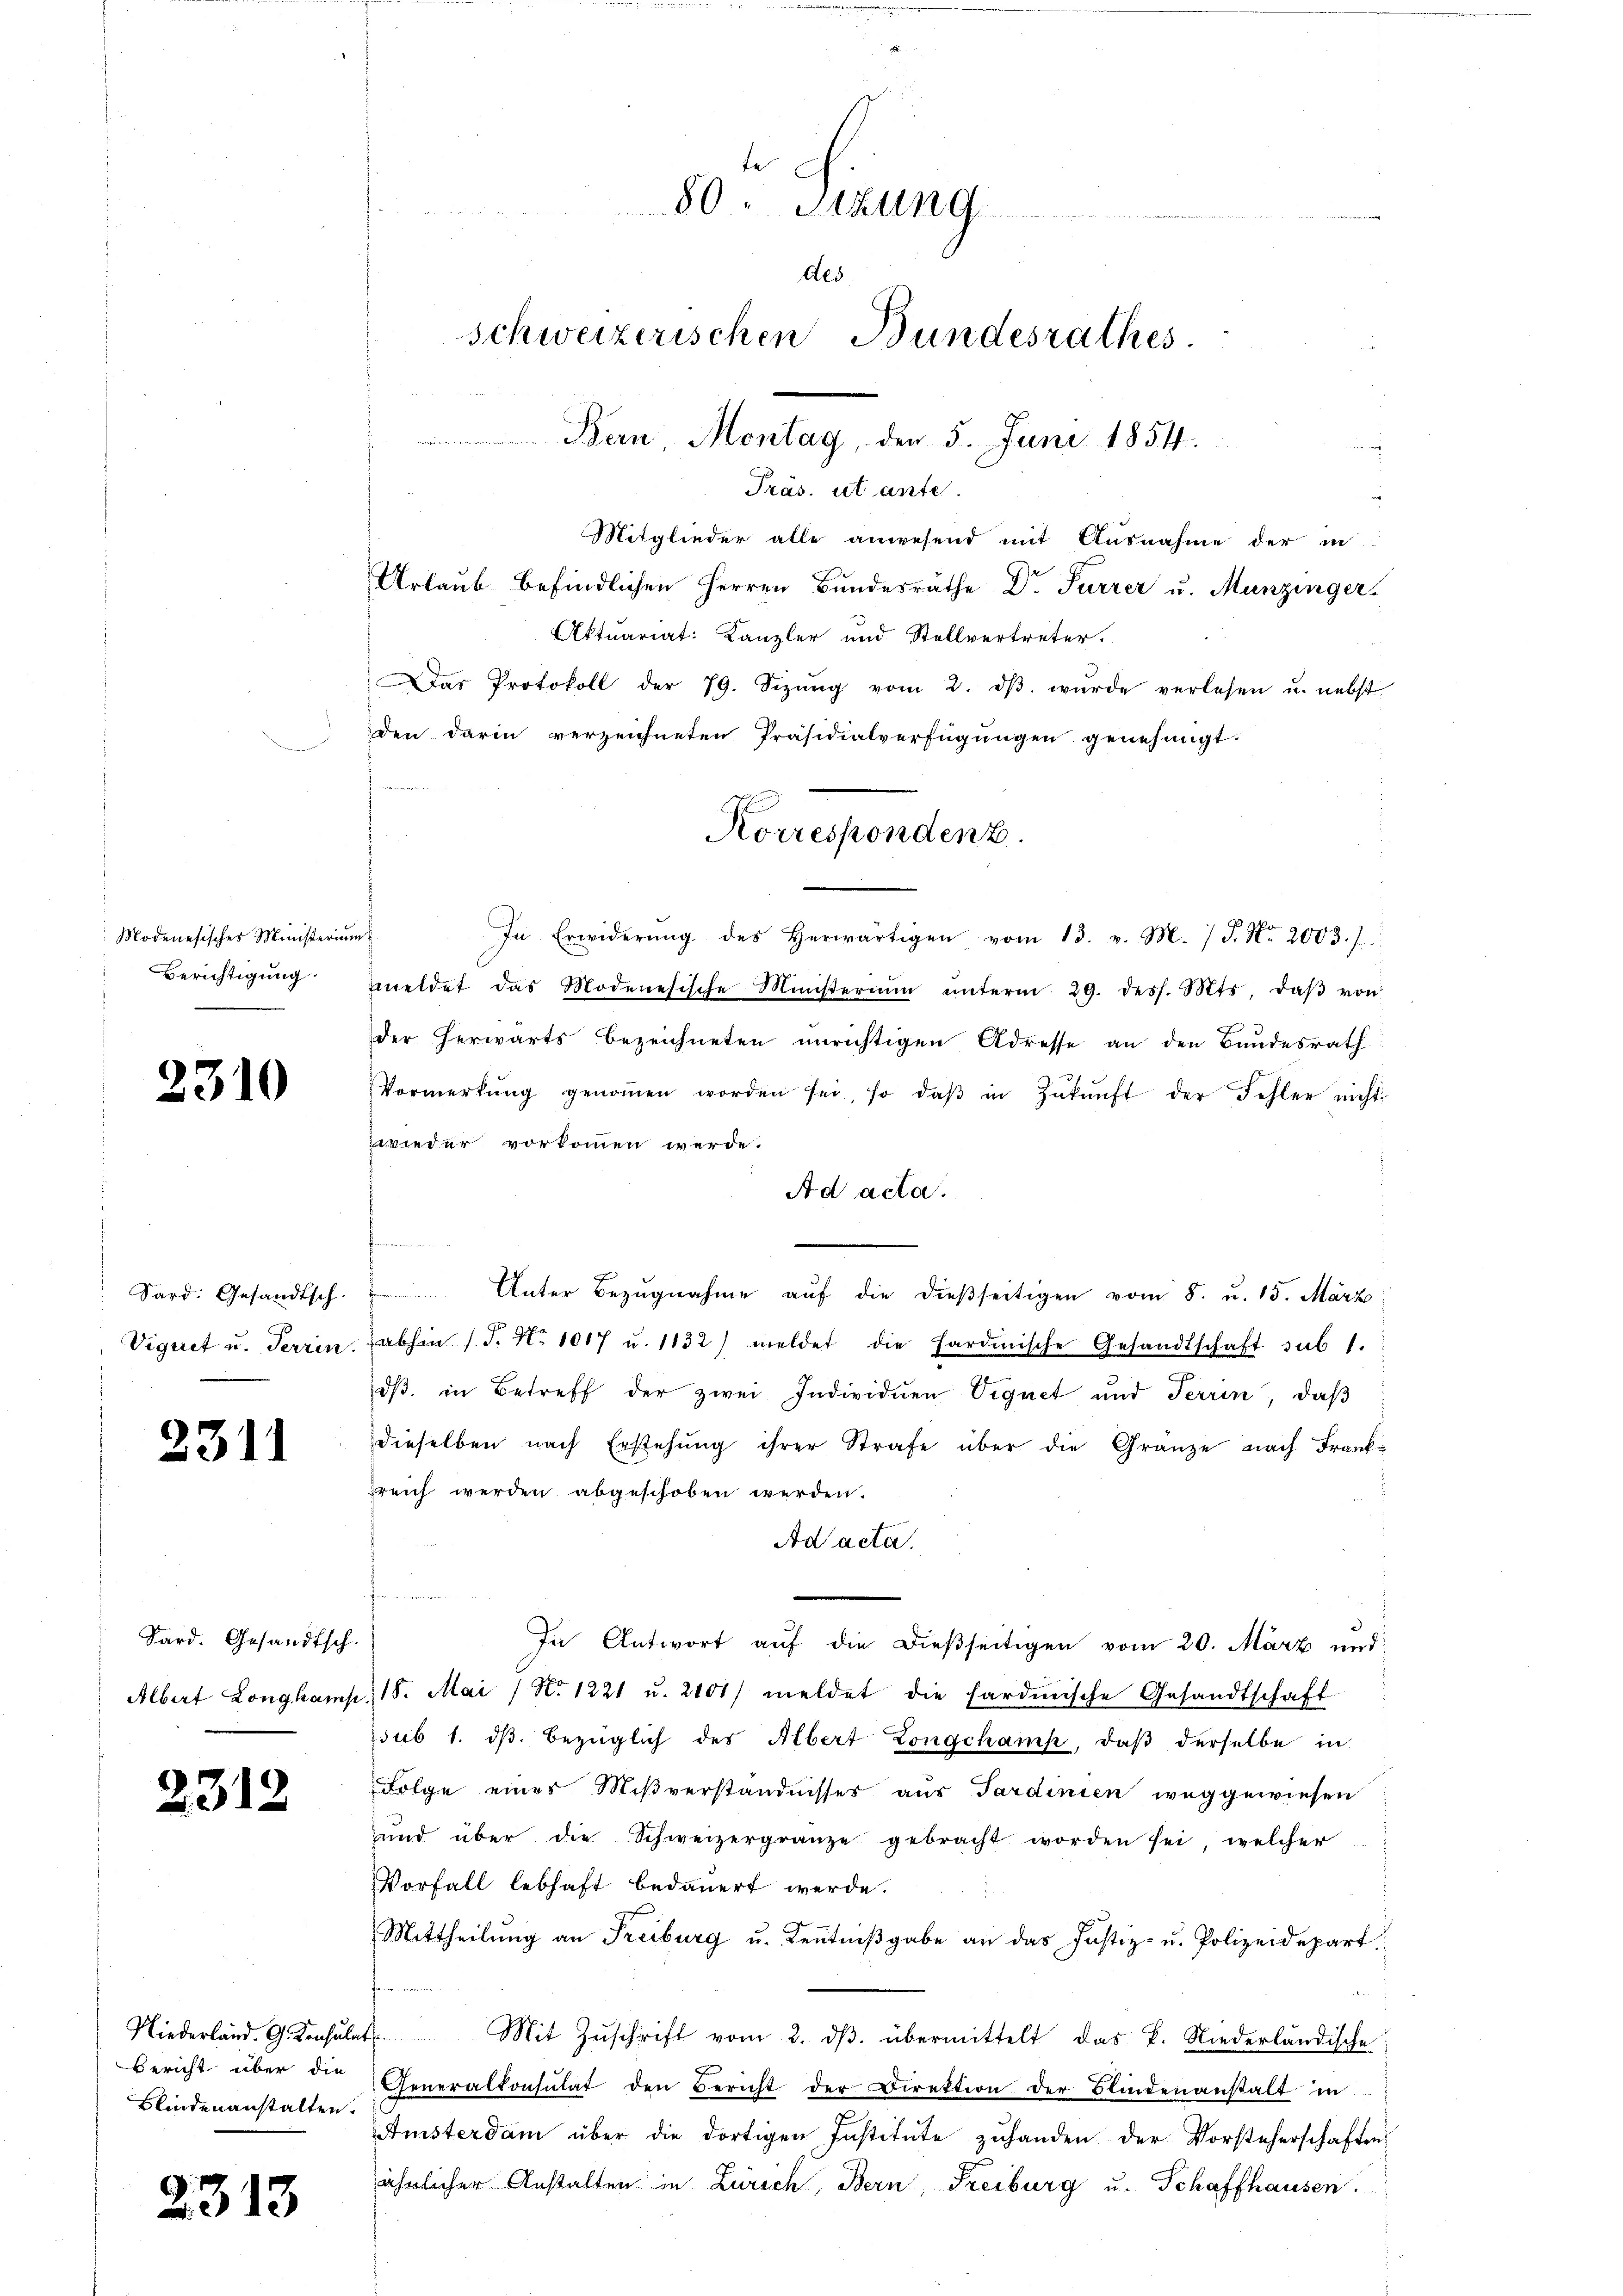
Modenesisches Ministerin
Berichtigung.

2310

Sard. Gesandtsch
Vignet u. Terrin

2311

n

Sard. Gesandtsch
Albert Longhamp

2312

Niederland. G. Konsula
Bericht über die
Blindenanstalten.

1313

te
80. Sitzung

des
schweizerischen Bundesrathes.
Bern, Montag, den 5. Juni 1854.

Präs. ut ante.
Mitglieder alle anwesend mit Ausnahme der in
Urlaub befindlichen Herren Bundesrathe Dr. Furrer u. Munzinger,
Aktuariat: Kanzler und Stellvertreter.
Das Protokoll der 79. Sizŭng vom 2. dβ. wŭrde verlesen u. nebst
den darin verzeichneten Präsidialverfügungen genehmigt.

s
In Erwiderŭng des herwärtigen vom 13. v. M. / P. Nr. 2003. 1
meldet das Modenesische Ministerium ŭnterm 29. dess. Mts. daβ von
der herwärts bezeichneten unrichtigen Adresse an den Bundesrath
Vormerkŭng genoṁen worden sei, so daβ in Zŭkŭnft der Fehler nicht
zwieder vorkommen werde.
Ad acta.
d
Unter Bezŭgnahme aŭf die dießseitigen vom 8. u. 15. März
abhin (S. Nr. 1017 u. 1132) meldet die sardinische Gesandtschaft sub 1.
dβ in Betreff der zwei Individuen Vignet und Terrin, daß
dieselben nach Erstehung ihrer Strafe über die Gränze nach Frank-
breich werden abgeschoben werden.
Ad acta.
In Antwort auf die dießseitigen vom 20. März und
18. Mai / No. 1221 u. 2101/ meldet die sardinische Gesandtschaft
sub 1. dβ bezüglich des Albert Longchamp, daß derselbe in
Folge eines Mißverständnisses aus Sardinien weggewiesen
und über die Schweizergränze gebracht worden sei, welcher
Vorfall lebhaft bedauert werde.
Mittheilŭng an Freiburg u. Keṅtniβgabe an das Justiz- u. Polizeidepart.
Mit Zŭschrift vom 2. dβ. übermittelt das P. Niederländische
Generalkonsulat den Bericht der Direktion der Blindenanstalt in
Amsterdam über die dortigen Institute zuhanden der Vorsteherschaften
ähnlicher Anstalten in Zürich, Bern, Freiburg u. Schaffhausen.

Korresponden z